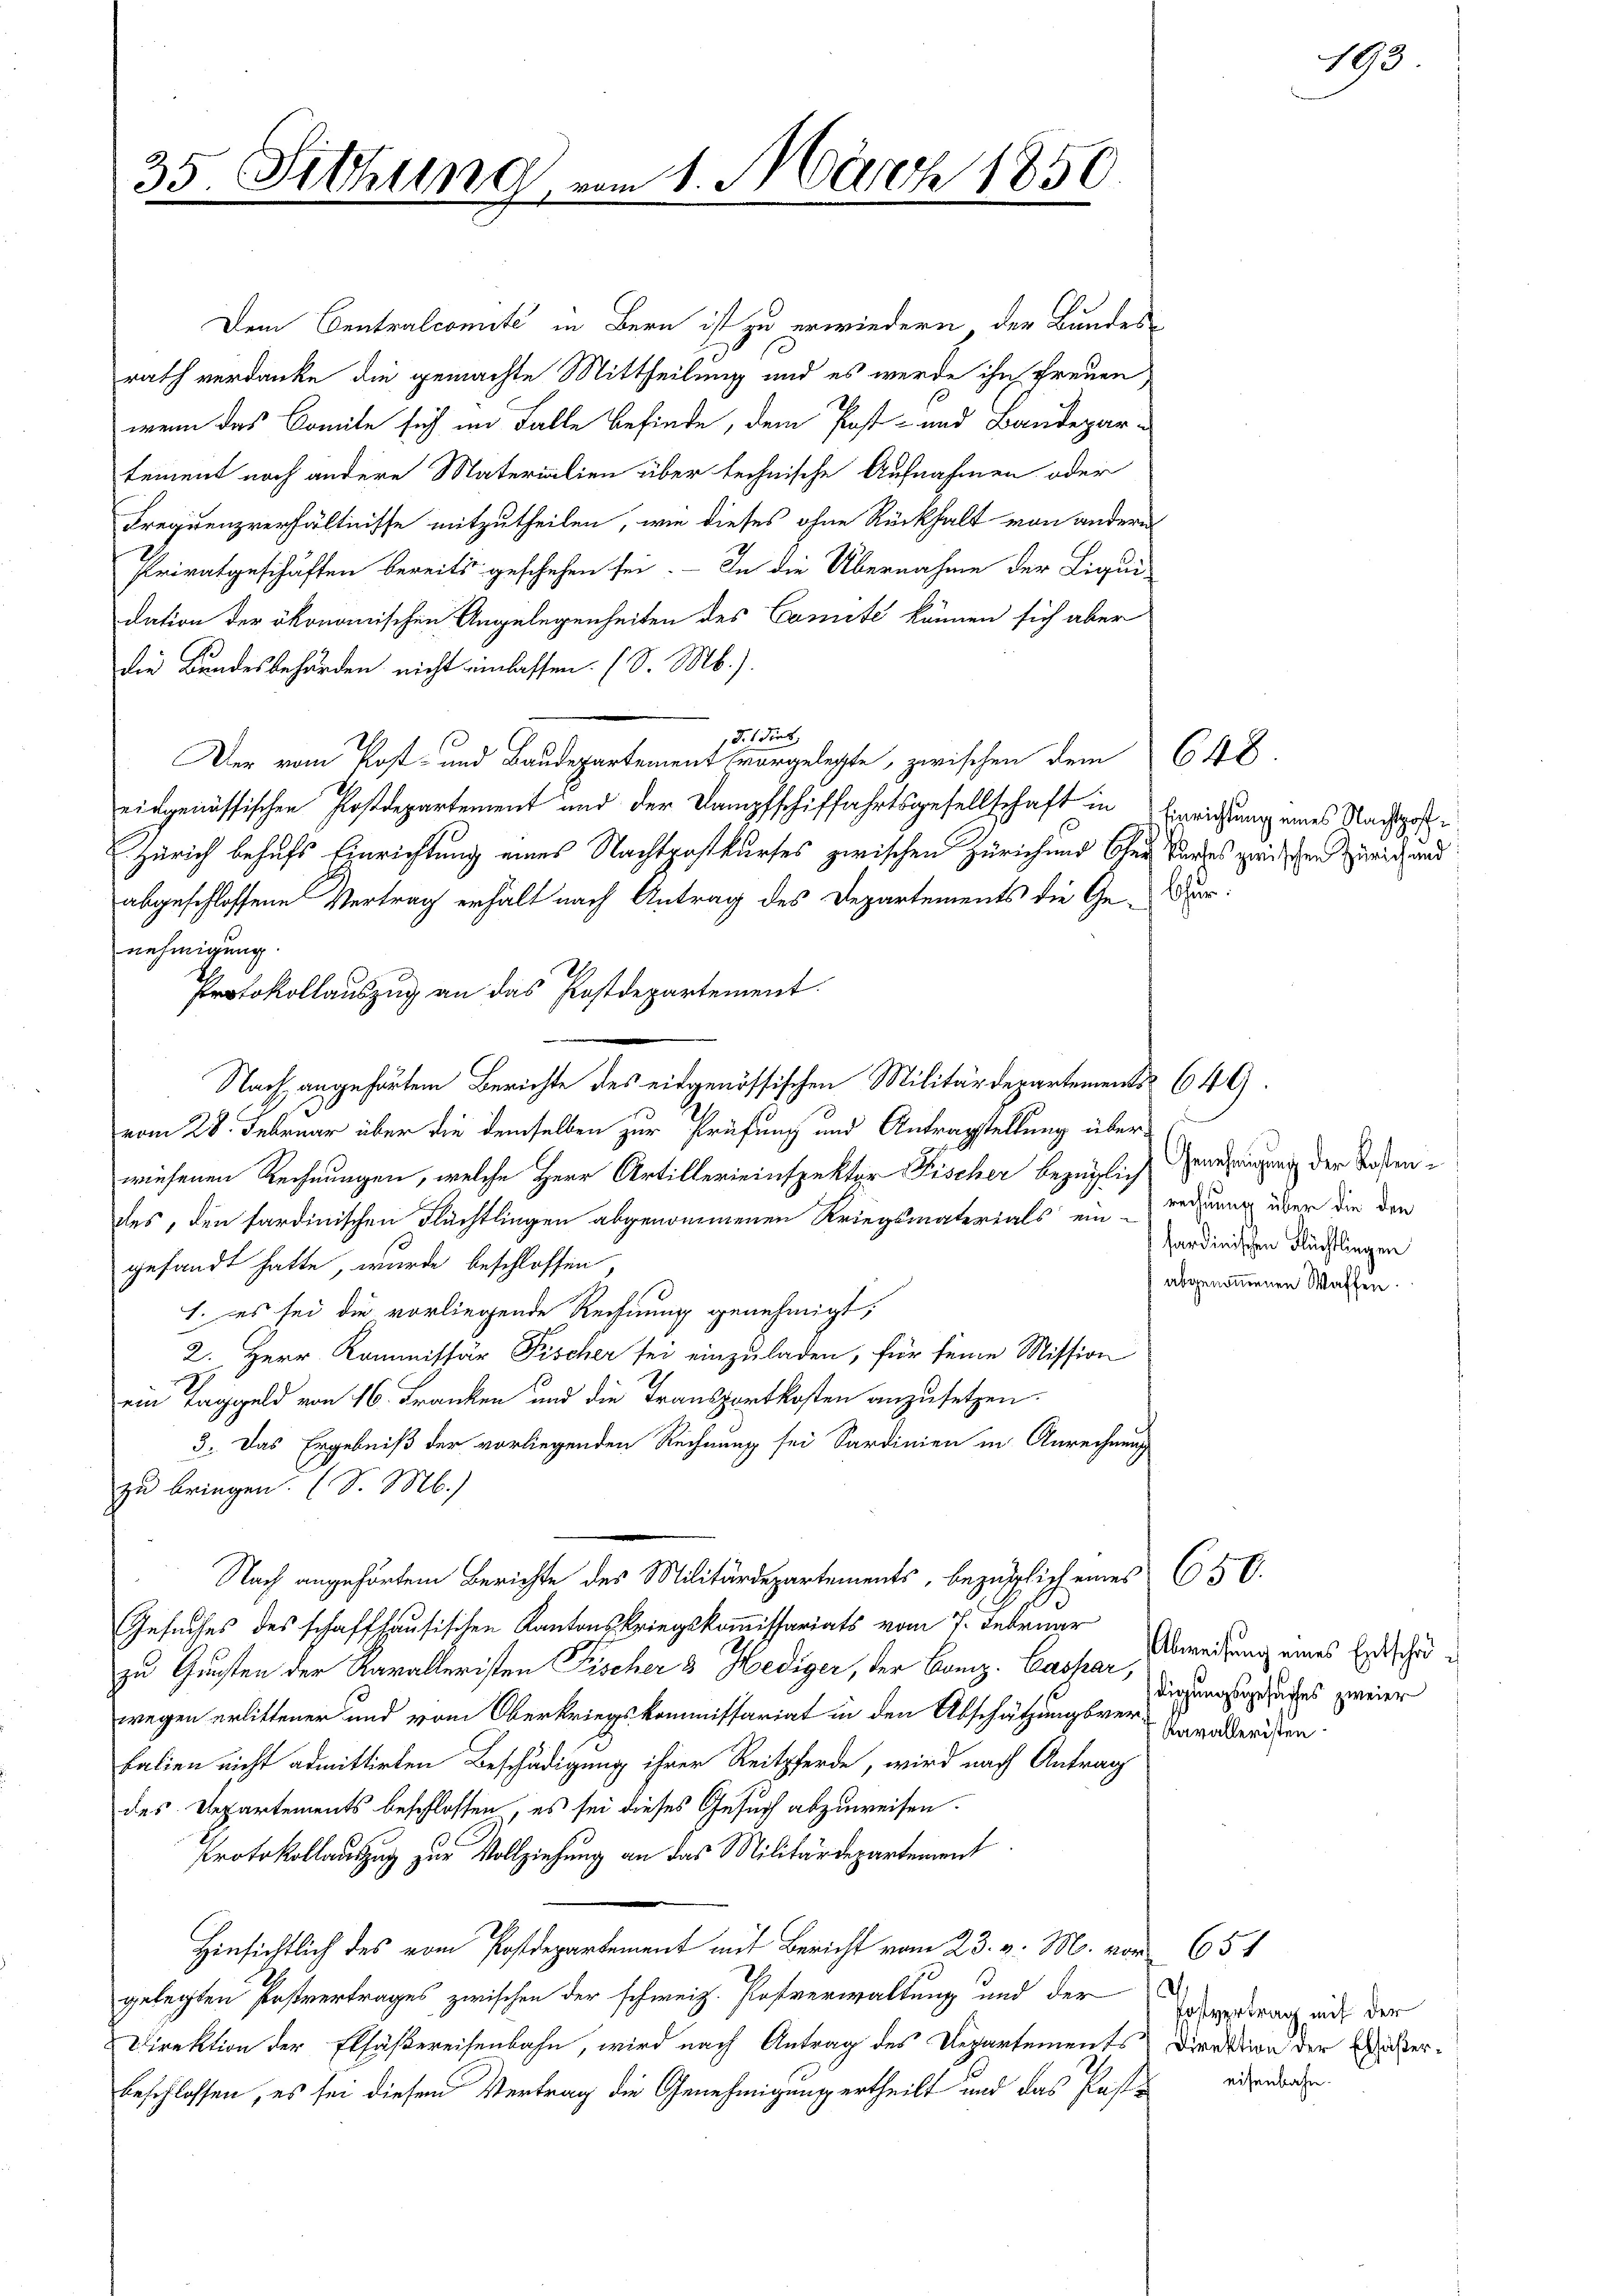
35. Sitzung

Dem Centralcomité in Bern ist zu erwiedern, der Bundesrath verdanke die gemachte Mittheilung und es werde ihn freuen
wenn das Comite sich in Falle befinde, dem Post- und Baudepar-
tement noch andere Materialien über technische Aufnahmen oder
Frequenzverhältnisse mitzutheilen, wie dieses ohne Rückhalt von andern
Privatgeschäften bereits geschehen sei. In die Übernahme der Liqui-
dation der ökonomischen Angelegenheiten des Comite können sich aber
die Bundesbehörden nicht einlassen. (S. M.).
d. 1 dies
Der vom Kost- und Baudepartement vorgelegte, zwischen dem 648.
eidgenössischen Postdepartement und der Dampfschiffahrtsgesellschaft in Einrichtung eines Nachsposte
Zürich behufs Einrichtung eines Nachtpostkurses zwischen Zürich und Oser kundes zwischen Zürich und
abgeschlossene Vertrag erhält nach Antrag des Departements die Ge-Dar¬
Nach angehörtem Berichte des eidgenössischen Militärdepartement 640.
vom 28. Februar über die demselben zur Prüfung und Antragstellung über-
wiesenen Rechnungen, welche Herr Artillerieinspektor Fischer bezüglich Genehmigung der Totenles, den sardinischen Flüchtlingen abgenommenen Kriegsmaterials ein rechung über die den
gesandt hatte, wurde beschlossen,
1. es sei die vorliegende Rechnung genehmigt,
2. Herr Kommissär Fischer sei einzuladen, für seine Mission
ein Taggeld von 16. Franken und die Transportkosten anzusetzen.
3. Das Ergebniß der vorliegenden Rechnung sei Sardinien in Anrechnung
zu bringen. (S. M.)
Nach angehörtem Berichte des Militärdepartements, bezüglich eines 656.
Gesuches des schaffhausischen Kantonskriegskommissariats vom 7. Februar
zu Gunsten der Kavalleristen Fischer & Hediger, der Com. Caspar,
wegen erlittener und vom Oberkriegskommissariat in den Abschätzungsrer Staaaderdien
balien nicht admittirten Beschädigung ihrer Reitpferde, wird nach Antrag
des Departements beschlossen, es sei dieses Gesuch abzuweisen.
Protokollauszug zur Vollziehung an das Militärdepartement
Hinsichtlich des vom Postdepartement mit Bericht vom 23. v. M. vor 65 f
gelegten Postvertrages zwischen der schweiz. Postverwaltung und der
Direktion der Elsäßereisenbahn, wird nach Antrag des Departements Direktion der Waßerbeschlossen, es sei diesem Vertrag die Genehmigung ertheilt und das Past¬

nehmigung.

Protokollauszug an das Postdepartement.

1. März 1850.

sardinischen Flüchtlingen
abgenommenen Waffen.

Abweisung eines Entschädigungsgesuches zweier

193

Postvertrag mit der
eisenbahn.